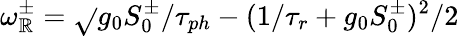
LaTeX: \omega_{\mathbb{R}}^{\pm}=\sqrt{}{{g_{0}S_{0}^{\pm}/\tau_{ph}-(1/\tau_{r}+g_{0}S_{0}^{\pm})^{2}/2}}